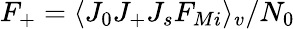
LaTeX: F_{+}=\langle J_{0}J_{+}J_{s}F_{Mi}\rangle_{v}/N_{0}